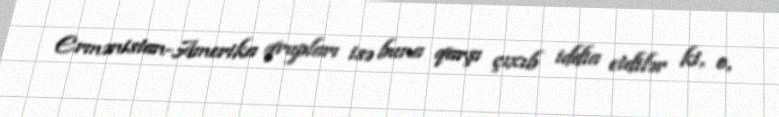
Ermənistan-Amerika qrupları isə buna qarşı çıxıb iddia etdilər ki, o,